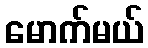
မောက်မယ်